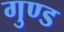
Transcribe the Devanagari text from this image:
गुण्ड